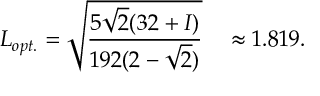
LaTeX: L _ { o p t . } = \sqrt { \frac { 5 \sqrt { 2 } ( 3 2 + { \cal I } ) } { 1 9 2 ( 2 - \sqrt { 2 } ) } } ~ ~ ~ \approx 1 . 8 1 9 .